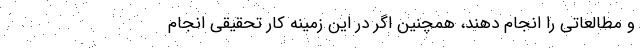
و مطالعاتی را انجام دهند، همچنین اگر در این زمینه کار تحقیقی انجام